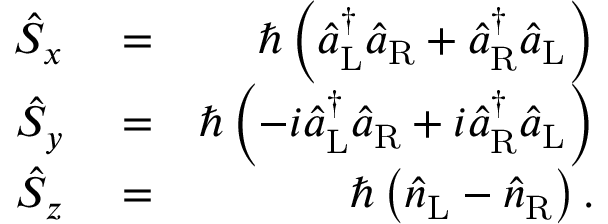
\begin{array} { r l r } { \hat { S } _ { x } } & { { } = } & { \hbar \left( \hat { a } _ { \mathrm { L } } ^ { \dagger } \hat { a } _ { \mathrm { R } } + \hat { a } _ { \mathrm { R } } ^ { \dagger } \hat { a } _ { \mathrm { L } } \right) } \\ { \hat { S } _ { y } } & { { } = } & { \hbar \left( - i \hat { a } _ { \mathrm { L } } ^ { \dagger } \hat { a } _ { \mathrm { R } } + i \hat { a } _ { \mathrm { R } } ^ { \dagger } \hat { a } _ { \mathrm { L } } \right) } \\ { \hat { S } _ { z } } & { { } = } & { \hbar \left( \hat { n } _ { \mathrm { L } } - \hat { n } _ { \mathrm { R } } \right) . } \end{array}